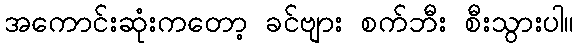
အကောင်းဆုံးကတော့ ခင်ဗျား စက်ဘီး စီးသွားပါ။